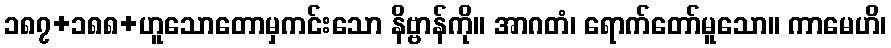
၁၈၇+၁၈၈+ဟူသောတောမှကင်းသော နိဗ္ဗာန်ကို။ အာဂတံ၊ ရောက်တော်မူသော။ ကာမေဟိ၊